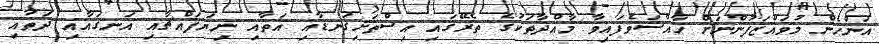
އަންހެން މުވައްޒަފުންނަށް ހާއްސަވެފައިވާ މާއްދާތަކުގެ ތެރޭގައި އިސްތަށިގަނޑާއި އަތާއި ނިޔަފައްޗާއި އަނގައާއި ދަތާއި